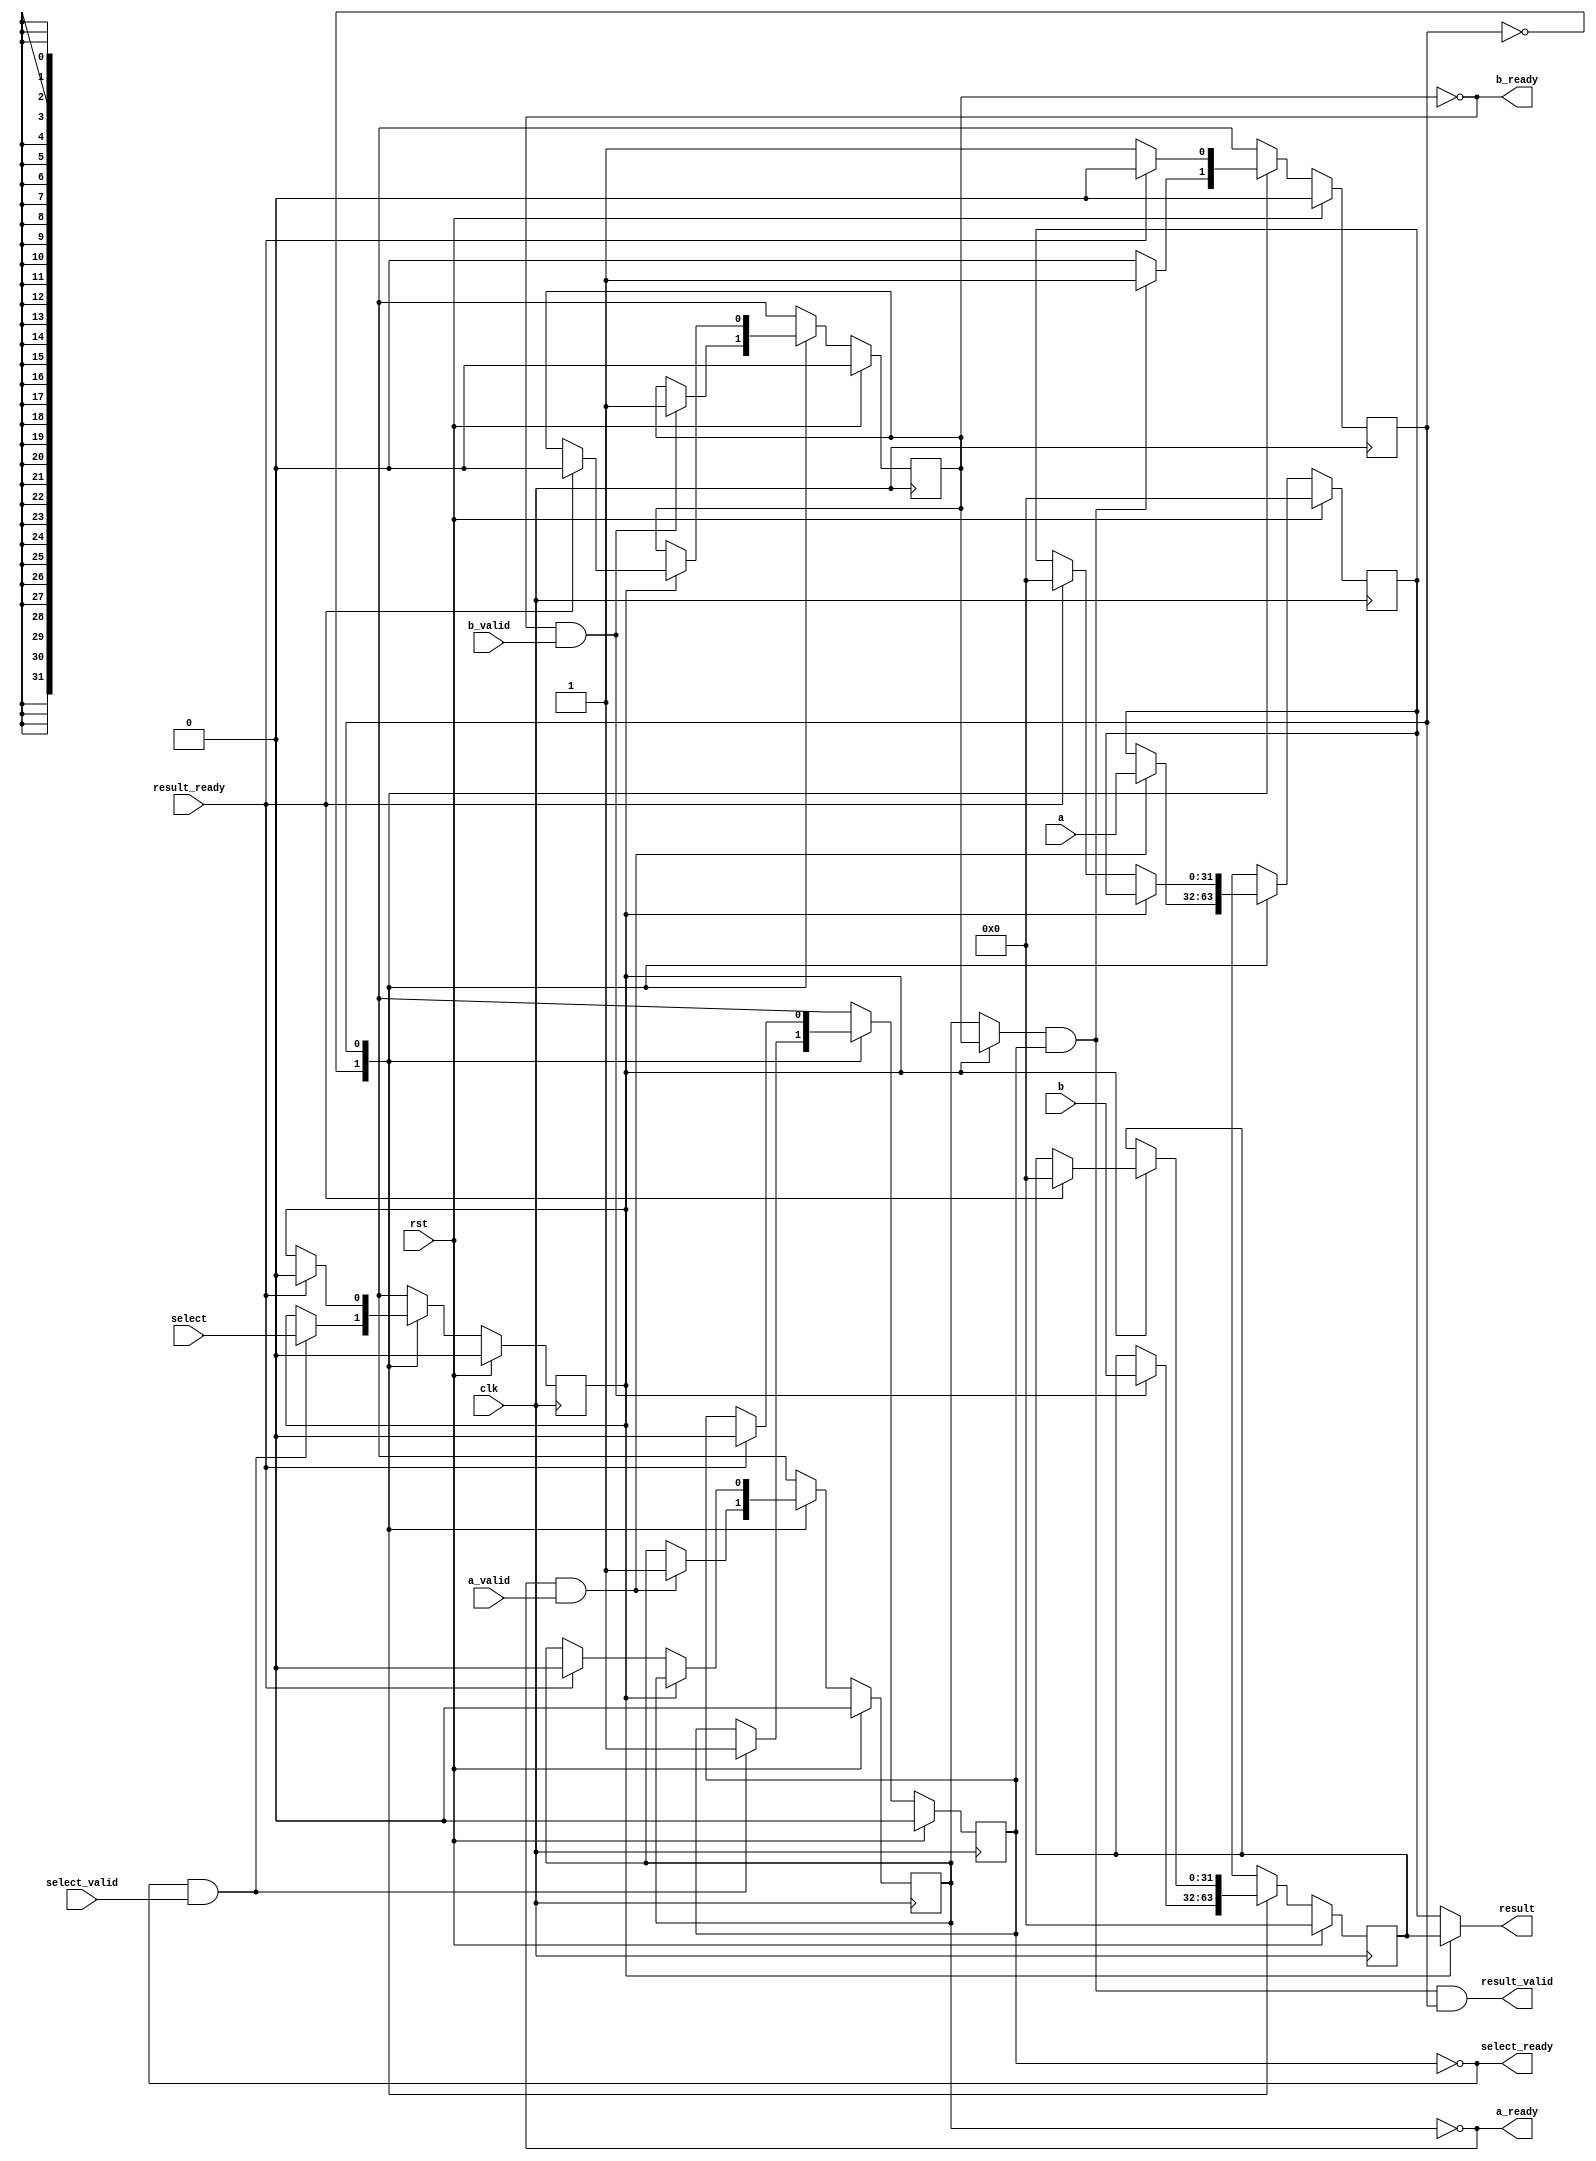
module fifo_mux2 #(
    parameter INPUT_WIDTH = 32
) (
    input  clk,
    input  rst,
    // a signal
    input  [INPUT_WIDTH-1:0] a,
    input                    a_valid,
    output                   a_ready,
    // b signal
    input  [INPUT_WIDTH-1:0] b,
    input                    b_valid,
    output                   b_ready,
    // select signal
    input                    select,
    input                    select_valid,
    output                   select_ready,
    // result signal
    output [INPUT_WIDTH-1:0] result,
    output                   result_valid,
    input                    result_ready
);

    localparam IDLE=0, DONE=1;
    reg state;

    reg select_buffer;
    reg [INPUT_WIDTH-1:0] a_buffer, b_buffer;
    reg a_set, b_set, select_set;

    always @ (posedge clk) begin
        if (rst) begin
            state         <= IDLE;
            a_buffer      <= 0;
            a_set         <= 0;
            b_buffer      <= 0;
            b_set         <= 0;
            select_buffer <= 0;
            select_set    <= 0;
        end
        else begin
            case (state)
                IDLE: begin
                    // if the select and the appropriate input are set, move to DONE
                    state         <= (select_set && (select_buffer ? b_set : a_set)) ? DONE : IDLE;
                    a_buffer      <= (!a_set && a_valid)            ? a      : a_buffer;
                    a_set         <= (!a_set && a_valid)            ? 1      : a_set;
                    b_buffer      <= (!b_set && b_valid)            ? b      : b_buffer;
                    b_set         <= (!b_set && b_valid)            ? 1      : b_set;
                    select_buffer <= (!select_set && select_valid)  ? select : select_buffer;
                    select_set    <= (!select_set && select_valid)  ? 1      : select_set;
                end
                DONE: begin
                    // if ready, move to IDLE
                    state         <= result_ready ? IDLE : DONE;
                    // reset only the used side of the mux, keep the other one
                    if (select_buffer == 0) begin
                        a_buffer  <= result_ready ? 0 : a_buffer;
                        a_set     <= result_ready ? 0 : a_set;
                        b_buffer  <= b_buffer;
                        b_set     <= b_set;
                    end
                    else begin
                        a_buffer  <= a_buffer;
                        a_set     <= a_set;
                        b_buffer  <= result_ready ? 0 : b_buffer;
                        b_set     <= result_ready ? 0 : b_set;
                    end
                    select_buffer <= result_ready ? 0 : select_buffer;
                    select_set    <= result_ready ? 0 : select_set;
                end
                default: begin
                    state         <= IDLE;
                    a_buffer      <= 0;
                    a_set         <= 0;
                    b_buffer      <= 0;
                    b_set         <= 0;
                    select_buffer <= 0;
                    select_set    <= 0;
                end
            endcase
        end
    end

    assign a_ready      = !a_set;
    assign b_ready      = !b_set;
    assign select_ready = !select_set;
    assign result       = select_buffer ? b_buffer : a_buffer;
    assign result_valid = (select_buffer ? b_set : a_set) && select_set && (state == DONE);

endmodule